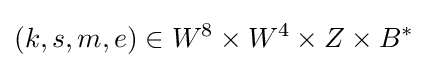
(k,s,m,e)\in W^{8}\times W^{4}\times Z\times B^{\ast }